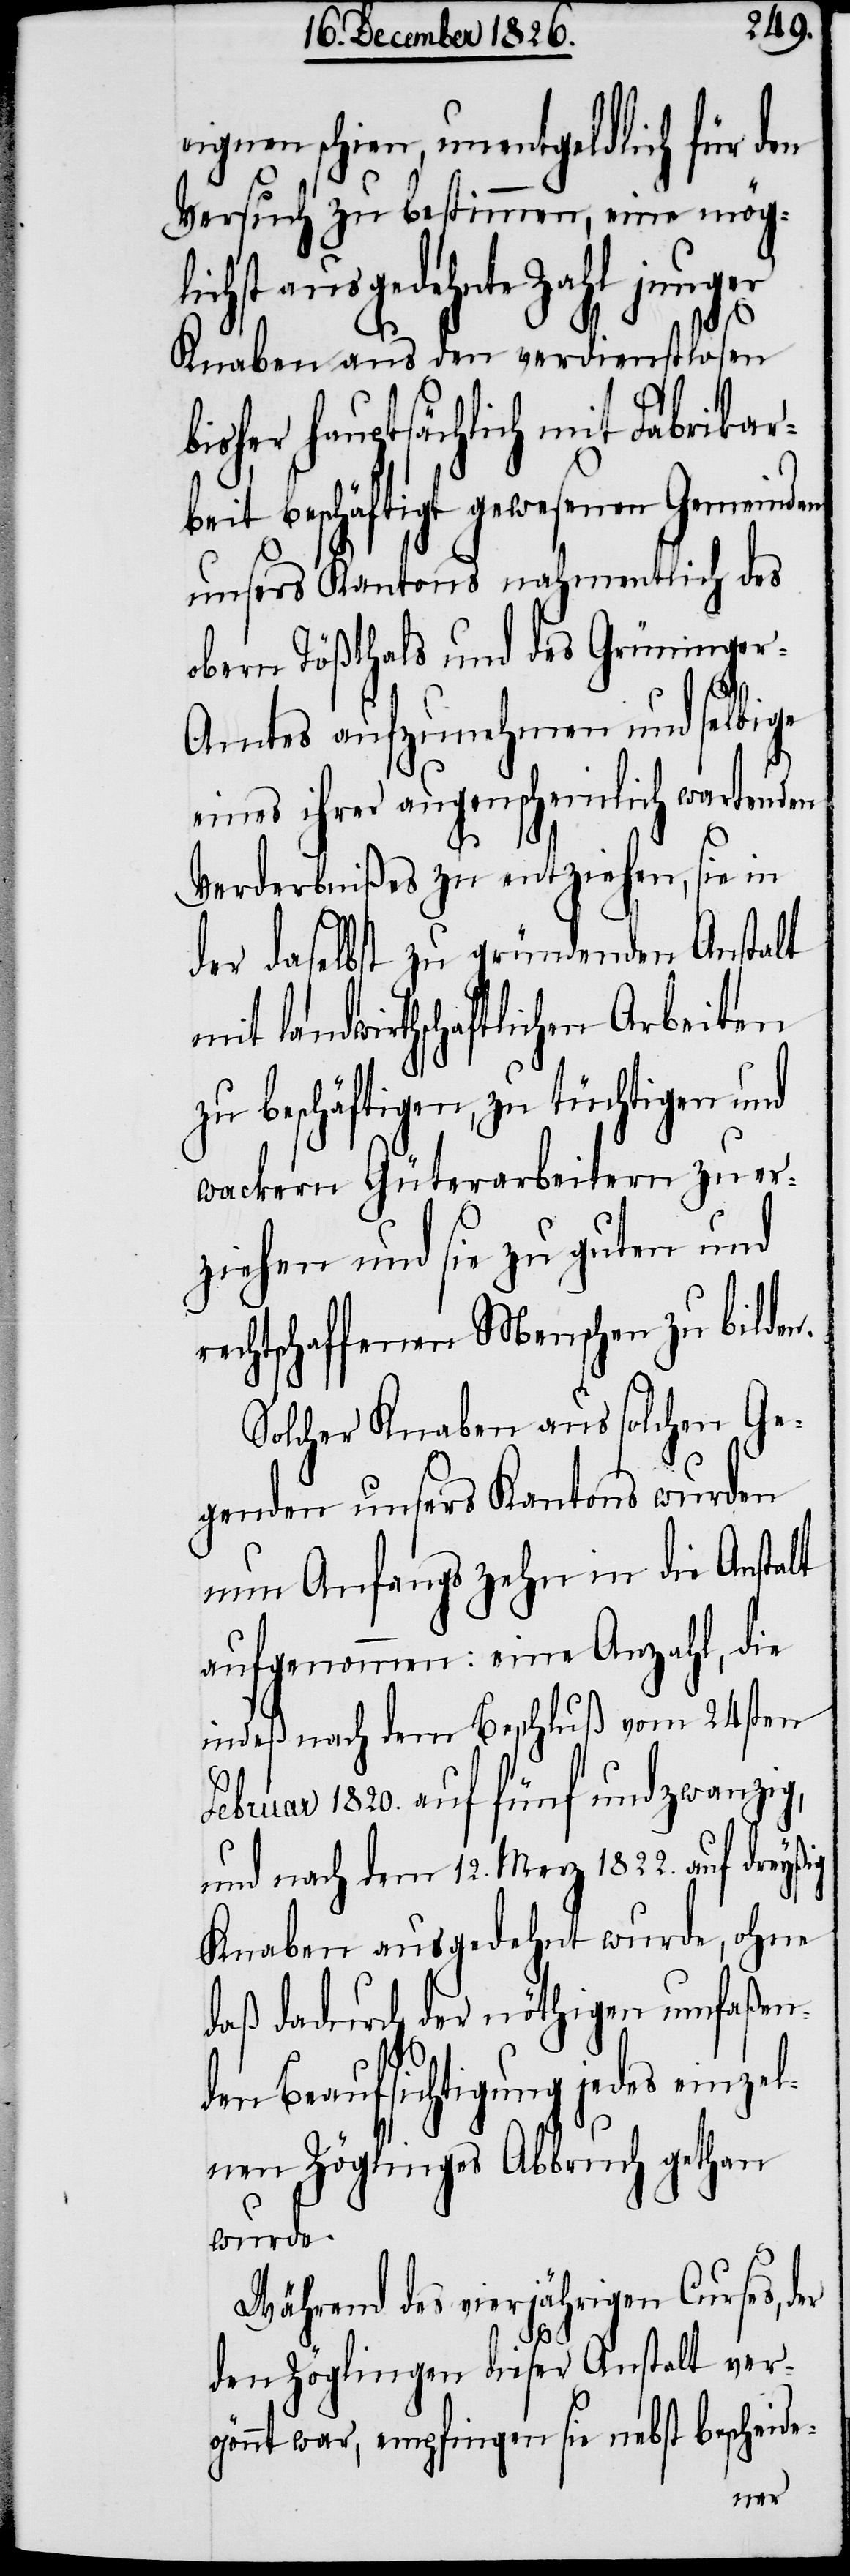
eignen schien, unentgeldlich für den
Versuch zu bestimmen, eine mög¬
lichst ausgedehnte Zahl junger
Knaben aus den verdienstlosen
bisher hauptsächlich mit Fabrikar¬
beit beschäftigt gewesenen Gemeinden
unsers Kantons nahmentlich des
obern Tößthals und des Grüninge¬
r-Amtes aufzunehmen und selbige
eines ihrer augenscheinlich wartenden
Verderbnißes zu entziehen, sie in
der daselbst zu gründenden Anstalt
mit landwirthschaftlichen Arbeiten
zu beschäftigen, zu tüchtigen und
wackern Güterarbeitern zu er¬
ziehen und sie zu guten und
rechtschaffenen Menschen zu bilden.
Solcher Knaben aus solchen Ge¬
genden unsers Kantons wurden
nun Anfangs zehn in die Anstalt
aufgenommen: eine Anzahl, die
indeß nach dem Beschluß vom 24sten
Februar 1820. auf fünfundzwanzig,
und nach dem 12. Merz 1822. auf dreyßig
Knaben ausgedehnt wurde, ohne
daß dadurch der nöthigen umfaßen¬
den Beaufsichtigung jedes einzel¬
nen Zöglinges Abbruch gethan
wurde.
Während des vierjährigen Curses, der
den Zöglingen dieser Anstalt ver¬
gönnt war, empfingen sie nebst bescheide-